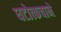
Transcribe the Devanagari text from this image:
घटोत्कचाने